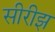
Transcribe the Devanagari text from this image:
सीरीझ